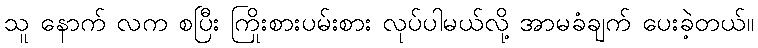
သူ နောက် လက စပြီး ကြိုးစားပမ်းစား လုပ်ပါမယ်လို့ အာမခံချက် ပေးခဲ့တယ်။